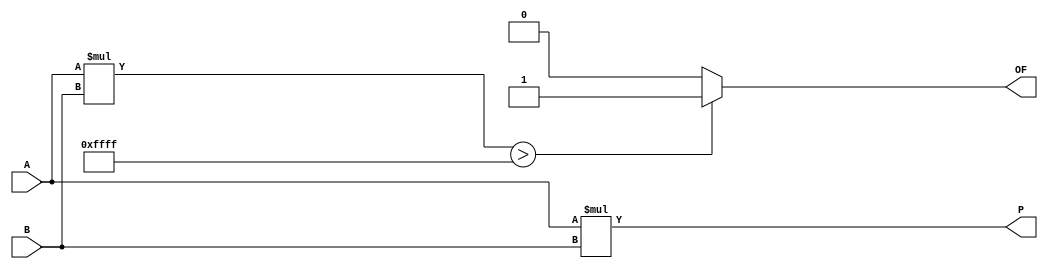
module MULT16(input [15:0] A, B, output [15:0] P, output OF);
	assign OF = A * B > 65535 ? 1 : 0;
	assign P = A * B;
endmodule

/*
module TestBench;
	reg [15:0] A, B;
	output [15:0] P;

	integer i;

	MULT16 a(A, B, P, OF);

	initial begin
		$monitor(A, , B, , OF, , P);
		#10 A = 65535; B = 1;
		#10 A = 256; B = 255;
		#10 B = 256;
		#10 A = 65536; B = 1;

		for(i = 0; i < 10; i = i + 1) begin
			A = $urandom % 256;
			B = $urandom % 512;
			#1;
		end
	end
endmodule
*/